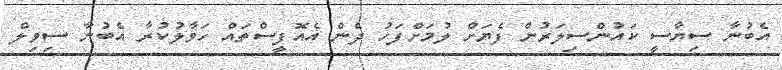
އެބުނާ ސިޔާސީ ކައުންސިލަރުން ފެޔަށް ލުމަށްފަހު ދެން އެއޮފީސްތައް ހަވާލުކުރާ އެބުނާ ސިވިލް